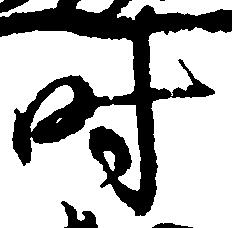
時